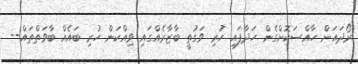
ރޯދައަށް ހާއްސަކޮށްގެން ހަދާފައި ހުރި ވަގުތީ ބާޒާރެއްގައި ވިއްކަން ހުރި ބައެއް ބާވަތްތައް--